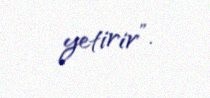
yetirir”.